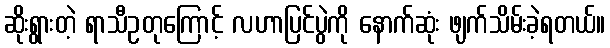
ဆိုးရွားတဲ့ ရာသီဥတုကြောင့် လဟာပြင်ပွဲကို နောက်ဆုံး ဖျက်သိမ်းခဲ့ရတယ်။